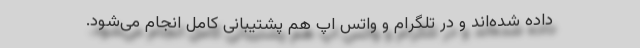
داده شده‌اند و در تلگرام و واتس اپ هم پشتیبانی کامل انجام می‌شود.